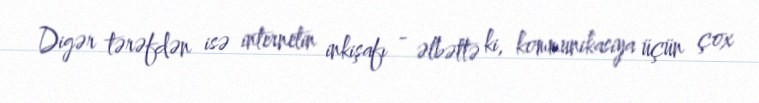
Digər tərəfdən isə internetin inkişafı - əlbəttə ki, kommunikasiya üçün çox